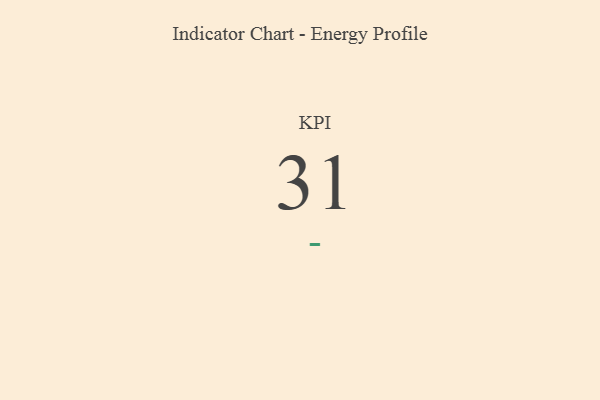
{"axis": {"x": "KPI", "y": "Value"}, "legend": [""], "data": [{"x": "KPI", "y": 31, "type": ""}]}